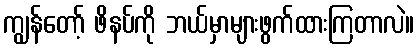
ကျွန်တော့် ဖိနပ်ကို ဘယ်မှာများဖွက်ထားကြတာလဲ။